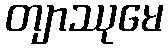
တျာဿုမေ